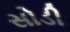
સોડી